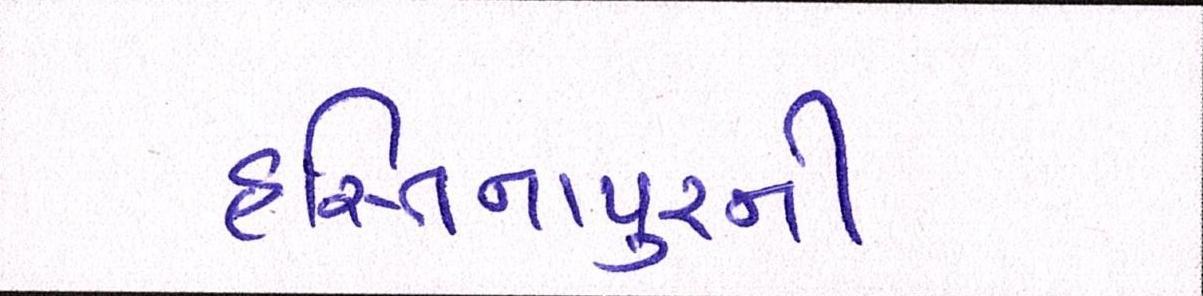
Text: હસ્તિનાપુરની